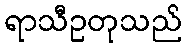
ရာသီဥတုသည်